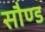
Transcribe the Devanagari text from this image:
सौण्ड